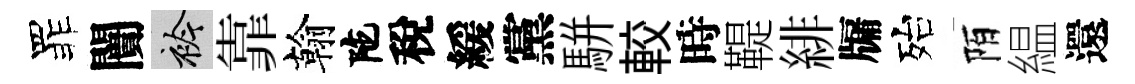
罪闠衿靠翰陀稅緩黨駢較時鞮緋牖殆陌緼還